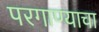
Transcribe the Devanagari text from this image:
परगाण्याचा